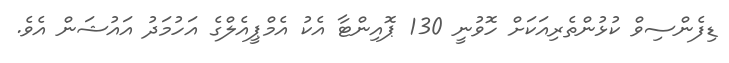
ޑިފެންސިވް ކުޅުންތެރިއަކަށް ހޮވުނީ 130 ޕޮއިންޓާ އެކު އެމްޕީއެލްގެ އަހުމަދު އައުޝަން އެވެ.